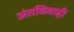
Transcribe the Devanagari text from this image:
अंतविवाही